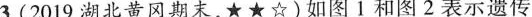
3.(2019湖北黄冈期末，★★☆)如图1和图2表示遗传